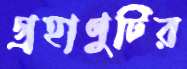
গ্রহাণুটির